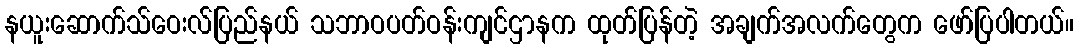
နယူးဆောက်သ်ဝေးလ်ပြည်နယ် သဘာဝပတ်ဝန်းကျင်ဌာနက ထုတ်ပြန်တဲ့ အချက်အလက်တွေက ဖော်ပြပါတယ်။